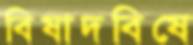
বিষাদবিষে